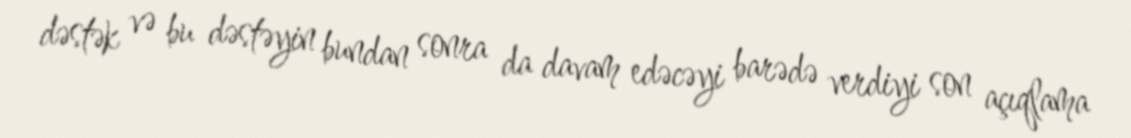
dəstək və bu dəstəyin bundan sonra da davam edəcəyi barədə verdiyi son açıqlama